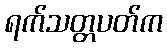
ရက်သတ္တပတ်က